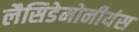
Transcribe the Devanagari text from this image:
लैसिडेमोनीयंस